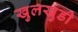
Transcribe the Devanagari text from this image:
खुलखुडी